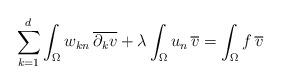
LaTeX: \begin{align*}\sum_{k=1}^d \int_\Omega w_{kn} \, \overline{\partial_k v} + \lambda \int_\Omega u_n \, \overline v= \int_\Omega f \, \overline v\end{align*}